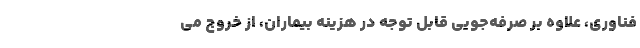
فناوری، علاوه بر صرفه‌جویی قابل توجه در هزینه بیماران، از خروج می